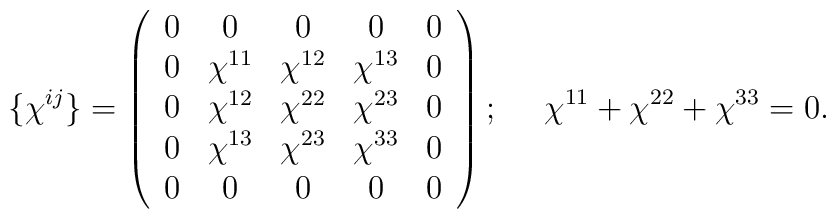
\{ \chi^{ij} \} = \left( \begin{array} {ccccc}0 & 0 & 0 & 0 & 0 \\0 &  \chi^{11}        &   \chi^{12}      &  \chi^{13}  & 0 \\0 &  \chi^{12}        &   \chi^{22}      &  \chi^{23}   & 0 \\0 &  \chi^{13}        &  \chi^{23}       &  \chi^{33}   & 0 \\0 & 0 & 0 & 0 & 0 \end{array} \right); ~~~~ \chi^{11} + \chi^{22} + \chi^{33} =0.